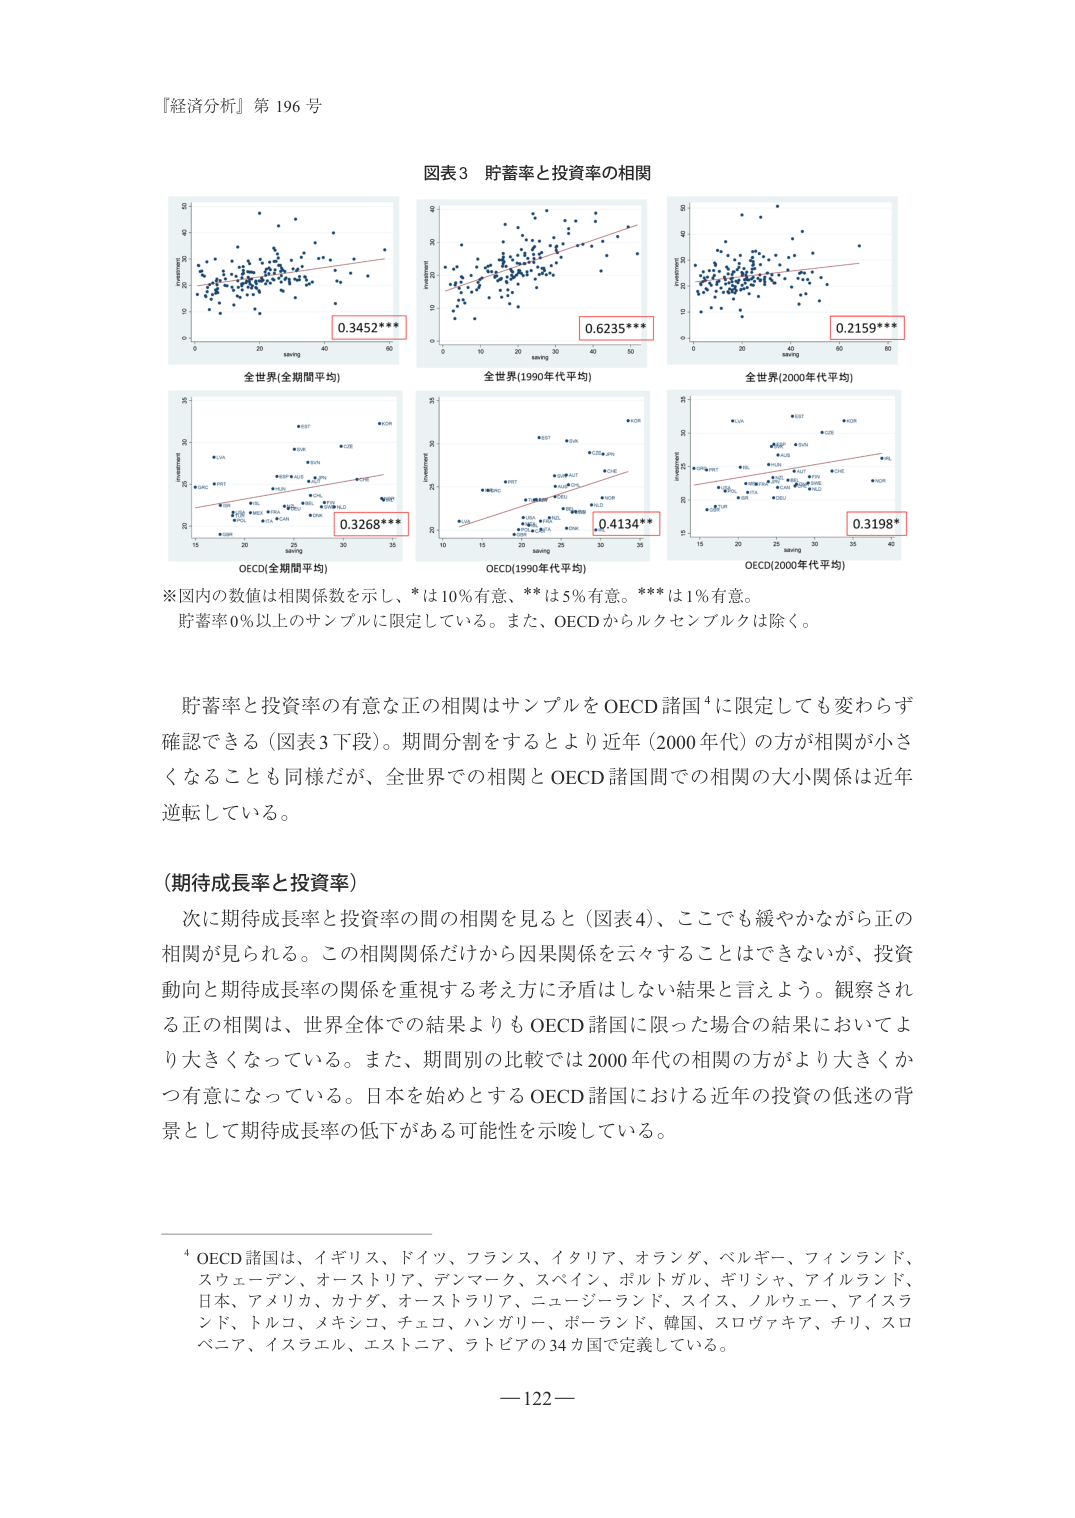
『経済分析』第 196 号

図表3 貯蓄率と投資率の相関

0.3452***
全世界(全期間平均)

0.6235***
全世界(1990年代平均)

0.2159***
全世界(2000年代平均)

0.3268***
OECD(全期間平均)

0.4134**
OECD(1990年代平均)

0.3198*
OECD(2000年代平均)

※図内の数値は相関係数を示し、*は10%有意、**は5%有意。***は1%有意。
貯蓄率0%以上のサンプルに限定している。また、OECDからルクセンブルクは除く。

貯蓄率と投資率の有意な正の相関はサンプルをOECD諸国⁴に限定しても変わらず確認できる（図表3下段）。期間分割をするとより近年（2000年代）の方が相関が小さくなることも同様だが、全世界での相関とOECD諸国間での相関の大小関係は近年逆転している。

（期待成長率と投資率）
次に期待成長率と投資率の間の相関を見ると（図表4）、ここでも緩やかながら正の相関が見られる。この相関関係だけから因果関係を云々することはできないが、投資動向と期待成長率の関係を重視する考え方に矛盾はしない結果と言えよう。観察される正の相関は、世界全体での結果よりもOECD諸国に限った場合の結果においてより大きくなっている。また、期間別の比較では2000年代の相関の方がより大きくかつ有意になっている。日本を始めとするOECD諸国における近年の投資の低迷の背景として期待成長率の低下がある可能性を示唆している。

⁴ OECD諸国は、イギリス、ドイツ、フランス、イタリア、オランダ、ベルギー、フィンランド、スウェーデン、オーストリア、デンマーク、スペイン、ポルトガル、ギリシャ、アイルランド、日本、アメリカ、カナダ、オーストラリア、ニュージーランド、スイス、ノルウェー、アイスランド、トルコ、メキシコ、チェコ、ハンガリー、ポーランド、韓国、スロヴァキア、チリ、スロベニア、イスラエル、エストニア、ラトビアの34カ国で定義している。

—122—